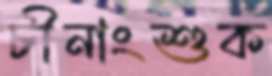
চীনাংশুক